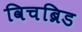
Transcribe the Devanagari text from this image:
विचब्रिड